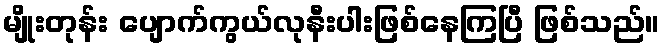
မျိုးတုန်း ပျောက်ကွယ်လုနီးပါးဖြစ်နေကြပြီ ဖြစ်သည်။